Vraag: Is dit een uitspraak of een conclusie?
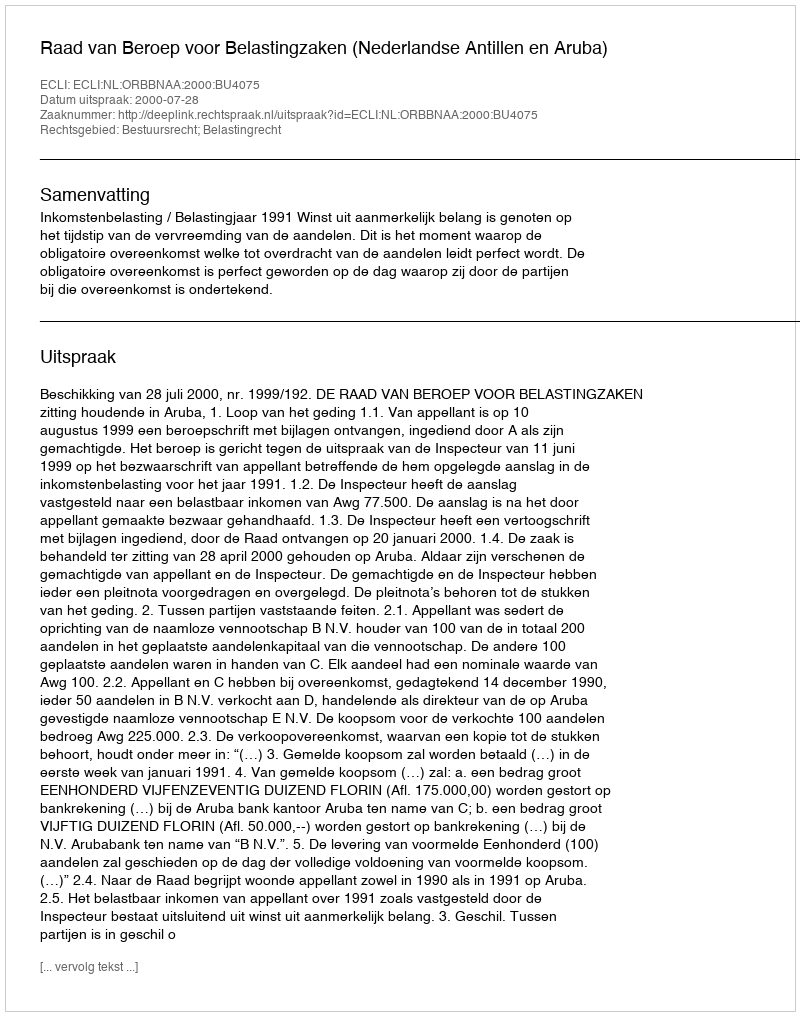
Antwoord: Uitspraak